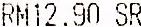
RM12.90 SR